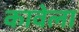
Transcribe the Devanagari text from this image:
कावेला